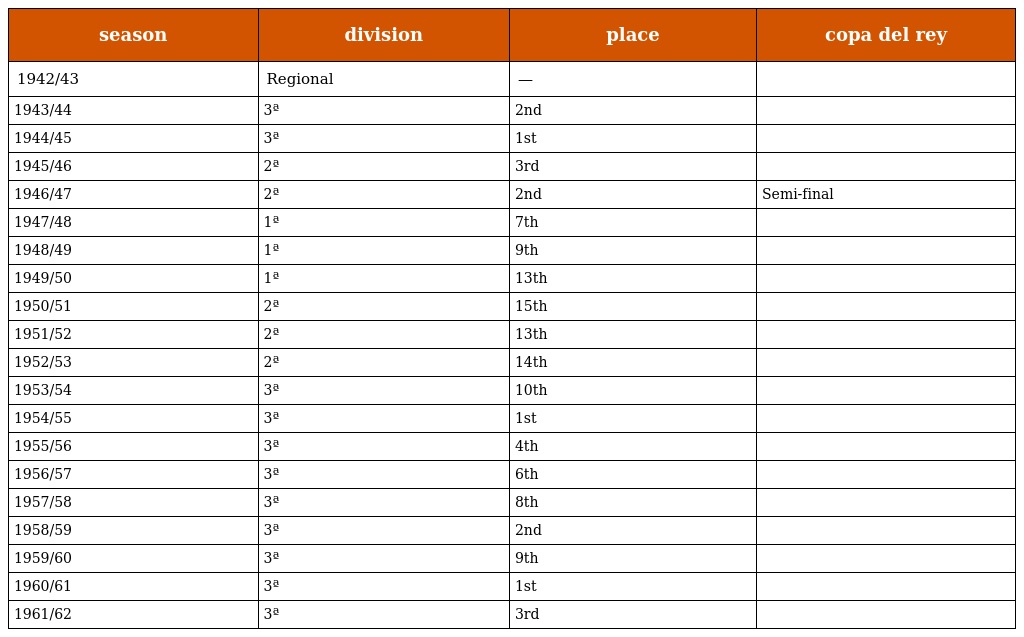
| season | division | place | copa del rey |
 | --- | --- | --- | --- |
 | 1942/43 | Regional | — |  |
 | 1943/44 | 3ª | 2nd |  |
 | 1944/45 | 3ª | 1st |  |
 | 1945/46 | 2ª | 3rd |  |
 | 1946/47 | 2ª | 2nd | Semi-final |
 | 1947/48 | 1ª | 7th |  |
 | 1948/49 | 1ª | 9th |  |
 | 1949/50 | 1ª | 13th |  |
 | 1950/51 | 2ª | 15th |  |
 | 1951/52 | 2ª | 13th |  |
 | 1952/53 | 2ª | 14th |  |
 | 1953/54 | 3ª | 10th |  |
 | 1954/55 | 3ª | 1st |  |
 | 1955/56 | 3ª | 4th |  |
 | 1956/57 | 3ª | 6th |  |
 | 1957/58 | 3ª | 8th |  |
 | 1958/59 | 3ª | 2nd |  |
 | 1959/60 | 3ª | 9th |  |
 | 1960/61 | 3ª | 1st |  |
 | 1961/62 | 3ª | 3rd |  |